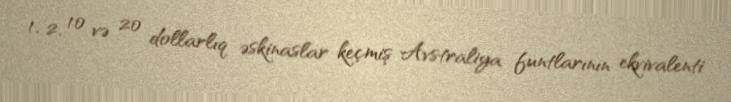
1, 2, 10 və 20 dollarlıq əskinaslar keçmiş Avstraliya funtlarının ekvivalenti